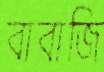
বাবাজি